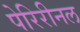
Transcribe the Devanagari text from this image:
पेरिरीनल